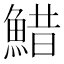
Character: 䱜